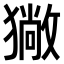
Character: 𤢄